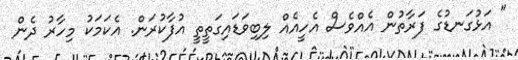
" އަޅުގަނޑުގެ ފަރާތުން އެއްވެސް އެހީއެއް ލިބިވަޑައިގަތީތީ އުފާކުރަން. އެކަމަކު މިހާރު ދެން